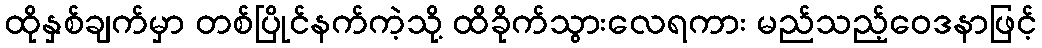
ထိုနှစ်ချက်မှာ တစ်ပြိုင်နက်ကဲ့သို့ ထိခိုက်သွားလေရကား မည်သည့်ဝေဒနာဖြင့်